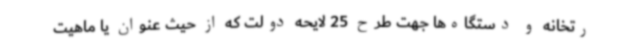
رتخانه و دستگاه‌ها جهت طرح 25 لایحه دولت که از حیث عنوان یا ماهیت